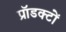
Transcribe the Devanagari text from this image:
प्रॉडक्टों